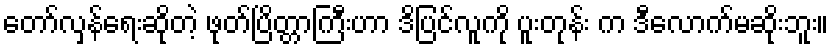
တော်လှန်ရေးဆိုတဲ့ ဖုတ်ပြိတ္တာကြီးဟာ ဒိပြင်လူကို ပူးတုန်း က ဒီလောက်မဆိုးဘူး။